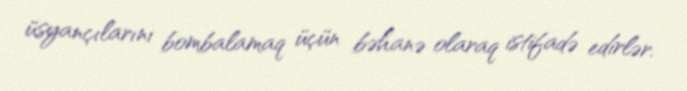
üsyançılarını bombalamaq üçün bəhanə olaraq istifadə edirlər.